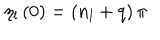
LaTeX: \eta _ { l } \left( 0 \right) = \left( n _ { l } + q \right) \pi